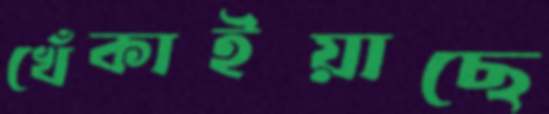
খেঁকাইয়াছে